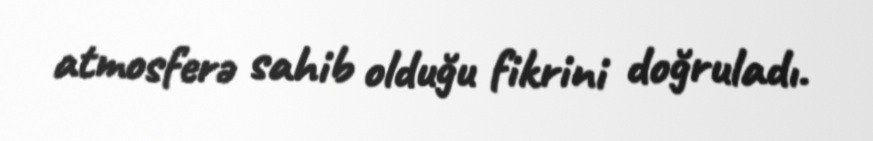
atmosferə sahib olduğu fikrini doğruladı.